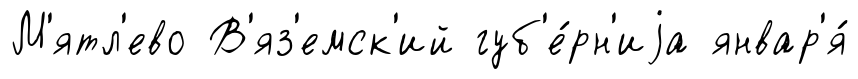
М'ятл'ево В'яз'емск'ий губ'е́рн'иjа январ'я́